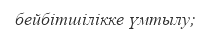
бейбітшілікке үмтылу;